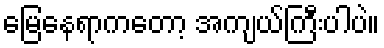
မြေနေရာကတော့ အကျယ်ကြီးပါပဲ။